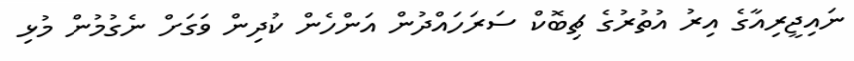
ނައިޖީރިއާގެ އިރު އުތުރުގެ ޗިބޮކް ސަރަހައްދުން އަންހެން ކުދިން ވަގަށް ނެގުމުން މުޅި